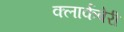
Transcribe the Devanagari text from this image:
क्लार्कबेरी